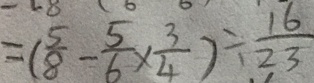
= ( \frac { 5 } { 8 } - \frac { 5 } { 6 } \times \frac { 3 } { 4 } ) \div \frac { 1 6 } { 2 3 }